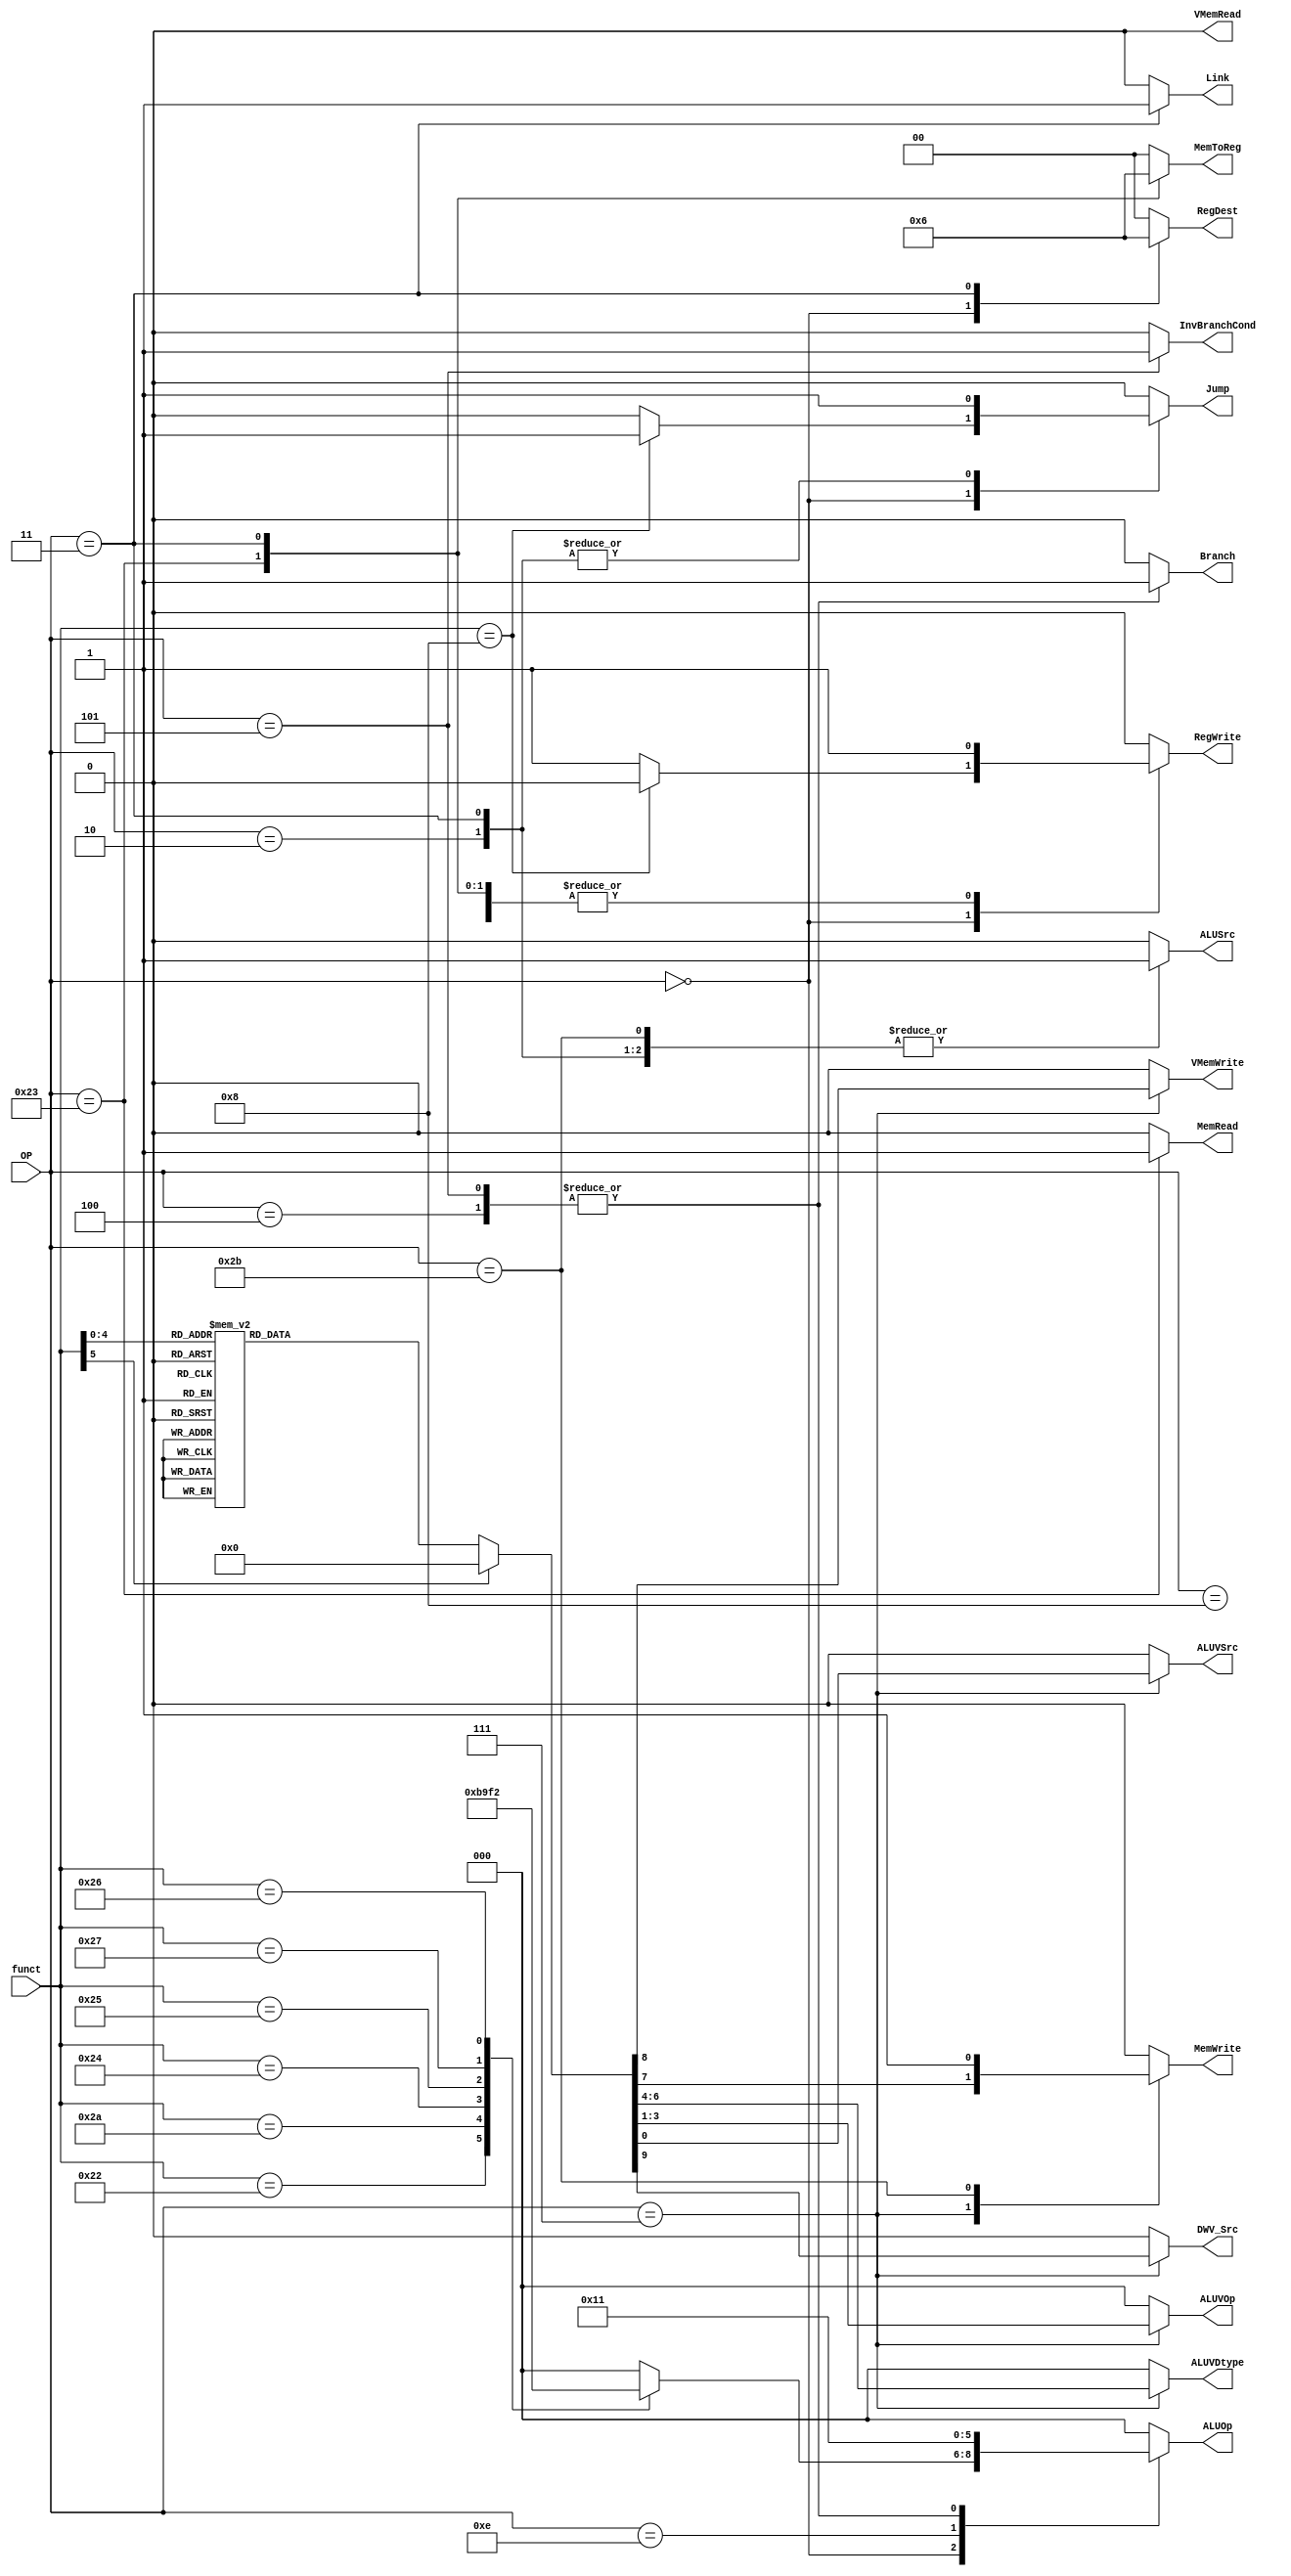
`define RTYPE_OP 6'b000000

`define VTYPE_OP 6'b000111

`define ADDI_OP 6'b001000
`define XORI_OP 6'b001110

`define LW_OP 6'b100011
`define SW_OP 6'b101011

// I-type instructions
`define BEQ_OP 6'b000100    
`define BNE_OP 6'b000101 

// J-type instructions
`define J_OP 6'b000010      
`define JAL_OP 6'b000011

// R-type instructions
`define JR_FUNCT   6'h8     
`define ADD_FUNCT  6'h20
`define SUB_FUNCT  6'h22
`define XOR_FUNCT  6'h26
`define SLT_FUNCT  6'h2A
`define AND_FUNCT  6'h24
`define NOR_FUNCT  6'h27
`define OR_FUNCT   6'h25


// V-type instructions
`define LDV_B       6'd0    // Unsupported
`define LDV_H       6'd1    // Unsupported
`define LDV_W       6'd2
`define LDV_D       6'd3    // Unsupported
`define LDV_V       6'd4    // Unsupported

`define STV_B       6'd5    // Unsupported
`define STV_H       6'd6    // Unsupported
`define STV_W       6'd7
`define STV_D       6'd8    // Unsupported
`define STV_V       6'd9    // Unsupported

`define ADDV_B      6'd10
`define ADDV_H      6'd11 
`define ADDV_W      6'd12
`define ADDV_D      6'd13
`define ADDV_V      6'd14

`define SUBV_B      6'd15
`define SUBV_H      6'd16 
`define SUBV_W      6'd17
`define SUBV_D      6'd18
`define SUBV_V      6'd19

`define ADDIV_B     6'd20
`define ADDIV_H     6'd21 
`define ADDIV_W     6'd22
`define ADDIV_D     6'd23
`define ADDIV_V     6'd24

`define XORV        6'd25

`define ANDV        6'd26


// ALU commands
`define ADD_  3'd0
`define SUB_  3'd1
`define XOR_  3'd2
`define SLT_  3'd3
`define AND_  3'd4
`define NOR_  3'd6
`define OR_   3'd7

// Vector ALU Data Size
`define BYTE_       3'd0
`define HALFWORD_   3'd1
`define WORD_       3'd2
`define DOUBLEWORD_ 3'd3
`define VECTOR_     3'd4

// Control signal definitions
`define REG_DEST_RT 2'b0
`define REG_DEST_RD 2'b1
`define REG_DEST_LINK 2'b10
`define REG_DEST_VEC  2'b11

`define ALU_SRC_RT 1'b0
`define ALU_SRC_IMM 1'b1

`define ALUV_SRC_RT 1'b0
`define ALUV_SRC_IMM 1'b1

`define REG_32 1'b0
`define ALUV   1'b1

`define MEM_TO_REG_FROM_ALU 2'b0
`define MEM_TO_REG_FROM_MEM 2'b1
`define MEM_TO_REG_FROM_PC 2'b10
/*
* Register write:
* RegDst: Determines if the destination register is Rd or Rt
* RegWrite: Enables a write to a register
* MemtoReg: Determines if the value comes from an ALU result or from memory
*
* Memory access:
* MemRead: Enables memory read (load instructions)
* MemWrite: Enables memory write (store instructions)
*
* ALU operation:
* ALUOp: Specifies either specific ALU operation or that the ALU behavior should be chosen from funct
*
* Source operation fetch:
* ALUSrc: Selects the second source operation for the ALU (either rt or imm)
*
* PC update:
* Branch: Enables loading branch target address into PC, contingent on binary control signal (from ALU)
* InvBranchCond: Whether or not to invert the binary control signal
* Jump: Load jump target address into PC
* Link: Write current PC+4 to $ra
*/


/*
    |-----------+-------------+----------------------+----------+--------------+-------+----------+---------+-------------------+--------+---------------+------+------|
    | Operation | Instruction | RegDst (2-bit)       | RegWrite | ALUSrc       | ALUOp | MemWrite | MemRead | MemToReg  (2-bit) | Branch | InvBranchCond | Jump | Link |
    |-----------+-------------+----------------------+----------+--------------+-------+----------+---------+-------------------+--------+---------------+------+------|
    | 000000    | R-Type      | dest given by Rd (1) | 1        | from Rt (0)  | Funct | 0        | 0       | from ALU (0)      | 0      |               | 0    | 0    |
    | 001000    | addi        | dest given by Rt (0) | 1        | from imm (1) | ADD   | 0        | 0       | from ALU (0)      | 0      |               | 0    | 0    |
    | 001000    | xori        | dest given by Rt (0) | 1        | from imm (1) | XOR   | 0        | 0       | from ALU (0)      | 0      |               | 0    | 0    |
    | 100011    | lw          | dest given by Rt (0) | 1        | from imm (1) | ADD   | 0        | 1       | from mem (1)      | 0      |               | 0    | 0    |
    | 101011    | sw          |                      | 0        | from imm (1) | ADD   | 1        | 0       |                   | 0      |               | 0    | 0    |
    | 000100    | beq         |                      | 0        | from Rt (0)  | SUB   | 0        | 0       |                   | 1      | 0             | 0    | 0    |
    | 000100    | bne         |                      | 0        | from Rt (0)  | SUB   | 0        | 0       |                   | 1      | 1             | 0    | 0    |
    | 000010    | j           |                      | 0        |              |       | 0        | 0       |                   | 0      |               | 1    | 0    |
    | 000000    | jr          |                      | 0        | from imm (1) | ADD   | 0        | 0       |                   | 0      |               | 1    | 0    |
    | 000011    | jal         | link (2)             | 1        |              |       | 0        | 0       | from pc (2)       | 0      |               | 1    | 1    |
    |-----------+-------------+----------------------+----------+--------------+-------+----------+---------+-------------------+--------+---------------+------+------|
*/

// For some input op code, set the control signals
// as output. The control signals should be chosen and
// input into the LUT. NOTE: Every control signal which is not
// X should be set in each case statement. 
module fsm
    (
        output reg  RegWrite, ALUSrc, ALUVSrc,
        output reg [1:0] RegDest, MemToReg,
        output reg [2:0] ALUOp, ALUVOp, ALUVDtype,
        output reg MemWrite, MemRead, Branch, InvBranchCond, Jump, Link,
        output reg VMemWrite, VMemRead, DWV_Src,
        input [5:0] OP, 
        input [5:0] funct
    );

    // In each begin/end block, set the control signals
    // for each op code.
    always @(OP, funct) begin
        // Zero everything
        RegDest = `REG_DEST_RT;
        RegWrite = 1'b0;
        ALUSrc = `ALU_SRC_RT;
        ALUVSrc = `ALUV_SRC_RT;
        ALUOp = `ADD_;
        ALUVOp = `ADD_;
        ALUVDtype = `BYTE_;
        DWV_Src = `REG_32;
        VMemWrite = 1'b0;
        VMemRead = 1'b0;
        MemWrite = 1'b0;
        MemRead = 1'b0;
        MemToReg = `MEM_TO_REG_FROM_ALU;
        Branch = 1'b0;
        InvBranchCond = 1'b0;
        Jump = 1'b0;
        Link = 1'b0;
        case (OP)
            `VTYPE_OP: begin
                case(funct)
                    `LDV_W: begin
                        VMemWrite = 1'b1;
                        DWV_Src = `REG_32;
                    end
                    `STV_W: begin
                        MemWrite = 1'b1;
                    end
                    `ADDV_B: begin
                        ALUVSrc = `ALUV_SRC_RT;
                        ALUVOp = `ADD_;
                        ALUVDtype = `BYTE_;
                        DWV_Src = `ALUV;
                        VMemWrite = 1'b1;
                    end
                    // The rest of ADDV
                    `SUBV_B: begin
                        ALUVOp = `SUB_;
                        ALUVDtype = `BYTE_;
                        DWV_Src = `ALUV;
                    end
                    // The rest of SUBV
                    `ADDIV_B: begin
                        ALUVSrc = `ALUV_SRC_IMM;
                        ALUVOp = `ADD_;
                        ALUVDtype = `BYTE_;
                        DWV_Src = `ALUV;
                        VMemWrite = 1'b1;
                    end
                    `ADDIV_H: begin
                        ALUVSrc = `ALUV_SRC_IMM;
                        ALUVOp = `ADD_;
                        ALUVDtype = `HALFWORD_;
                        DWV_Src = `ALUV;
                        VMemWrite = 1'b1;
                    end
                    `ADDIV_W: begin
                        ALUVSrc = `ALUV_SRC_IMM;
                        ALUVOp = `ADD_;
                        ALUVDtype = `WORD_;
                        DWV_Src = `ALUV;
                        VMemWrite = 1'b1;
                    end
                    `ADDIV_D: begin
                        ALUVSrc = `ALUV_SRC_IMM;
                        ALUVOp = `ADD_;
                        ALUVDtype = `DOUBLEWORD_;
                        DWV_Src = `ALUV;
                        VMemWrite = 1'b1;
                    end
                    `ADDIV_V: begin
                        ALUVSrc = `ALUV_SRC_IMM;
                        ALUVOp = `ADD_;
                        ALUVDtype = `VECTOR_;
                        DWV_Src = `ALUV;
                        VMemWrite = 1'b1;
                    end
                    // The rest of ADDIV
                    `XORV: begin
                        ALUVOp = `XOR_;
                        ALUVDtype = `BYTE_;
                    end
                    `ANDV: begin
                        ALUVOp = `AND_;
                        ALUVDtype = `BYTE_;
                    end
                endcase
            end
            `RTYPE_OP:	begin 
                RegDest = `REG_DEST_RD;
                RegWrite = 1'b1;
                ALUSrc = `ALU_SRC_RT; 
                MemToReg = `MEM_TO_REG_FROM_ALU;
                case (funct)
                    `ADD_FUNCT: begin
                        ALUOp = `ADD_;
                    end
                    `SUB_FUNCT: begin
                        ALUOp = `SUB_;
                    end
                    `SLT_FUNCT: begin
                        ALUOp = `SLT_;
                    end
                    `AND_FUNCT: begin
                        ALUOp = `AND_;
                    end
                    `OR_FUNCT: begin
                        ALUOp = `OR_;
                    end
                    `NOR_FUNCT: begin
                        ALUOp = `NOR_;
                    end
                    `XOR_FUNCT: begin
                        ALUOp = `XOR_;
                    end
                    `JR_FUNCT: begin
                        RegWrite = 1'b0;
                        Jump = 1'b1;
                        ALUSrc = `ALU_SRC_RT;
                        ALUOp = `ADD_;
                    end
                endcase
            end
            `ADDI_OP: begin
                RegDest = `REG_DEST_RT;
                RegWrite = 1'b1;
                ALUSrc = `ALU_SRC_IMM;
                ALUOp = `ADD_;
                MemToReg = `MEM_TO_REG_FROM_ALU;
            end
            `XORI_OP: begin
                RegDest = `REG_DEST_RT;
                RegWrite = 1'b1;
                ALUSrc = `ALU_SRC_IMM;
                ALUOp = `XOR_;
                MemToReg = `MEM_TO_REG_FROM_ALU;
            end
            `LW_OP: begin
                RegDest = `REG_DEST_RT;
                RegWrite = 1'b1;
                ALUSrc = `ALU_SRC_IMM;
                ALUOp = `ADD_;
                MemRead = 1'b1;
                MemToReg = `MEM_TO_REG_FROM_MEM;
            end
            `SW_OP: begin
                ALUSrc = `ALU_SRC_IMM;
                ALUOp = `ADD_;
                MemWrite = 1'b1;
            end
            `BEQ_OP: begin
                ALUSrc = `ALU_SRC_RT;
                ALUOp = `SUB_;
                Branch = 1'b1;
            end
            `BNE_OP: begin
                ALUSrc = `ALU_SRC_RT;
                ALUOp = `SUB_;
                Branch = 1'b1;
                InvBranchCond = 1'b1;
            end
            `J_OP: begin
                Jump = 1'b1;
                ALUSrc = `ALU_SRC_IMM;
            end
            `JAL_OP: begin
                Jump = 1'b1;
                Link = 1'b1;
                RegWrite = 1'b1;
                MemToReg = `MEM_TO_REG_FROM_PC;
                RegDest = `REG_DEST_LINK;
                ALUSrc = `ALU_SRC_IMM;
            end
        endcase
    end
endmodule